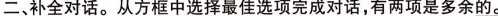
二、补全对话.从方框中选择最佳选项完成对话,有两项是多余的。